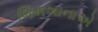
જિમખાનાએ